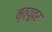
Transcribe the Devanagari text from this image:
मृत्‍यूवर